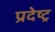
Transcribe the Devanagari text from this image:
प्रदेष्ट्र